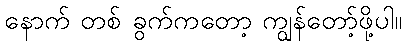
နောက် တစ် ခွက်ကတော့ ကျွန်တော့်ဖို့ပါ။